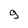
Character: 9